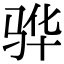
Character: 骅